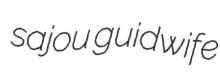
sajou guidwife